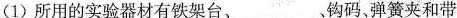
(1)所用的实验器材有铁架台、___、钩码、弹簧夹和带